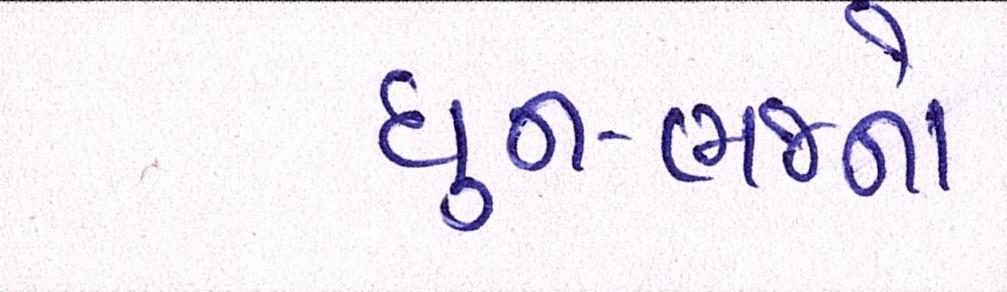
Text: ધુન-ભજનો